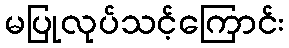
မပြုလုပ်သင့်ကြောင်း